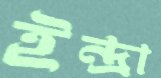
ইন্দ্রা